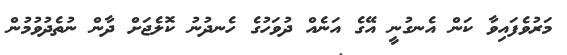
މަރުވެފައިވާ ކަން އެނގުނީ އޭގެ އަނެއް ދުވަހުގެ ހެނދުނު ކޮލެޖަށް ދާން ނުތެދުވުމުން